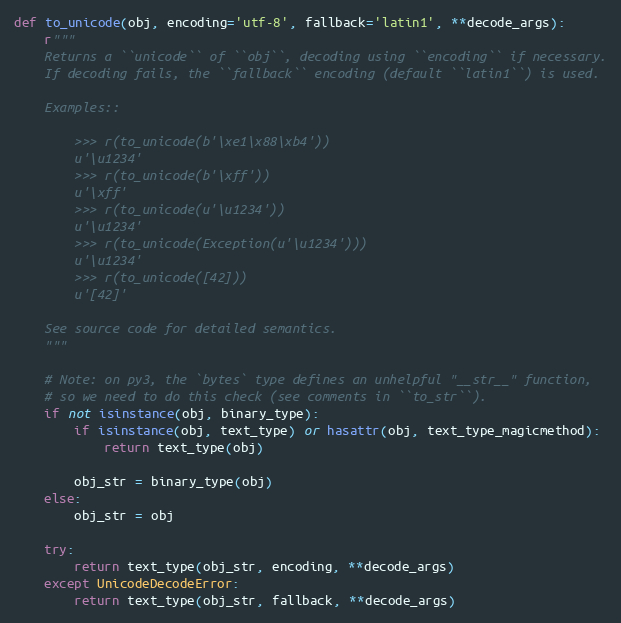
Language: Python
def to_unicode(obj, encoding='utf-8', fallback='latin1', **decode_args):
    r"""
    Returns a ``unicode`` of ``obj``, decoding using ``encoding`` if necessary.
    If decoding fails, the ``fallback`` encoding (default ``latin1``) is used.

    Examples::

        >>> r(to_unicode(b'\xe1\x88\xb4'))
        u'\u1234'
        >>> r(to_unicode(b'\xff'))
        u'\xff'
        >>> r(to_unicode(u'\u1234'))
        u'\u1234'
        >>> r(to_unicode(Exception(u'\u1234')))
        u'\u1234'
        >>> r(to_unicode([42]))
        u'[42]'

    See source code for detailed semantics.
    """

    # Note: on py3, the `bytes` type defines an unhelpful "__str__" function,
    # so we need to do this check (see comments in ``to_str``).
    if not isinstance(obj, binary_type):
        if isinstance(obj, text_type) or hasattr(obj, text_type_magicmethod):
            return text_type(obj)

        obj_str = binary_type(obj)
    else:
        obj_str = obj

    try:
        return text_type(obj_str, encoding, **decode_args)
    except UnicodeDecodeError:
        return text_type(obj_str, fallback, **decode_args)